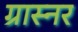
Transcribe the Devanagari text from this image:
ग्रास्नर